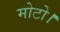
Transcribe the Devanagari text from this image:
मोटो।